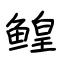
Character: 鳇